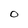
Character: O